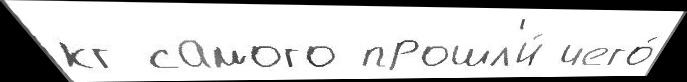
кг самого прошл'и́ чего́